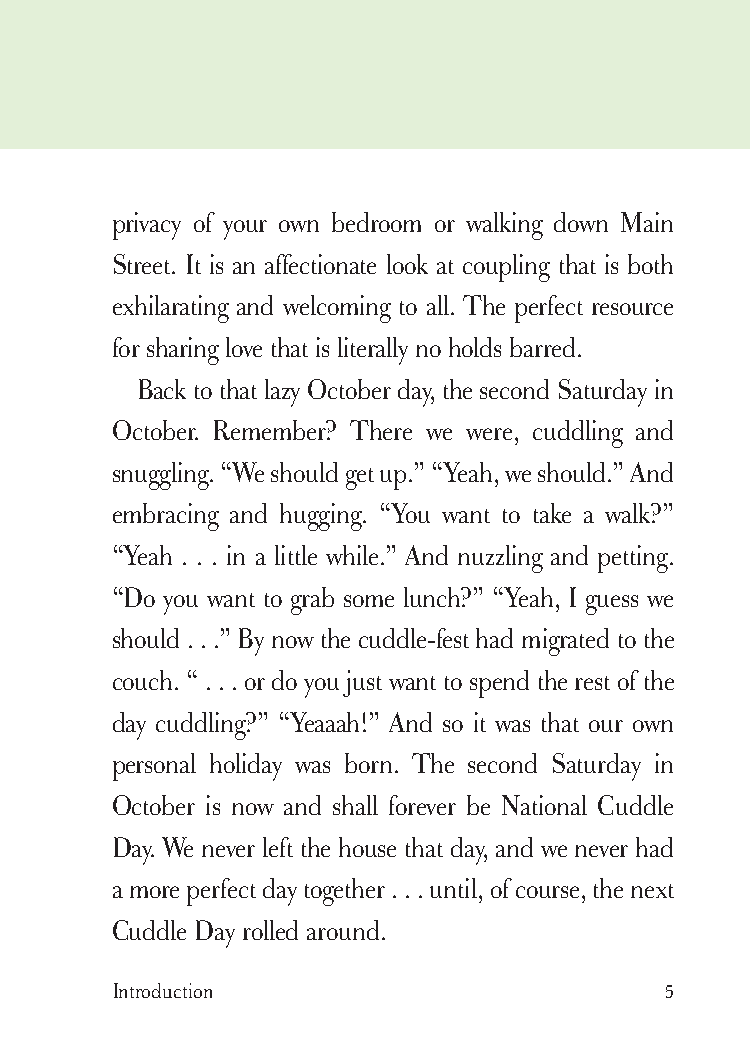
cudllesutra_internals1 7/16/07 2:50 PM Page 5
 privacy of your own bedroom or walking down Main
 Street. It is an affectionate look at coupling that is both
 exhilarating and welcoming to all. The perfect resource
 for sharing love that is literally no holds barred.
 Back to that lazy October day, the second Saturday in
 October. Remember? There we were, cuddling and
 snuggling. “We should get up.” “Yeah, we should.” And
 embracing and hugging. “You want to take a walk?”
 “Yeah . . . in a little while.” And nuzzling and petting.
 “Do you want to grab some lunch?” “Yeah, I guess we
 should . . .” By now the cuddle-fest had migrated to the
 couch. “ . . . or do you just want to spend the rest of the
 day cuddling?” “Yeaaah!” And so it was that our own
 personal holiday was born. The second Saturday in
 October is now and shall forever be National Cuddle
 Day. We never left the house that day, and we never had
 a more perfect day together . . . until, of course, the next
 Cuddle Day rolled around.
 Introduction                         5